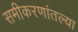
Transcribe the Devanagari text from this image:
समीकरणांतल्या